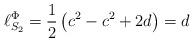
LaTeX: \begin{align*}\ell^\Phi_{S_2} = \frac{1}{2}\left(c^2 - c^2 + 2 d\right) = d\end{align*}